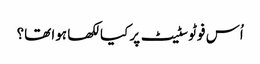
اُس فوٹو سٹیٹ پر کیا لکھا ہوا تھا؟